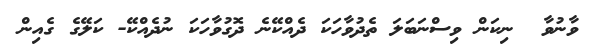
ވާނުވާ  ނިކަން ވިސްނަބަލަ ތެދުވާހަކަ ދެއްކޭނެ ދޮގުވާހަކަ ނުދެއްކޭ- ކަލޭގެ ގެއިން